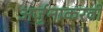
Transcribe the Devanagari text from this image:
अर्जुनाकरवी